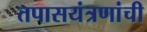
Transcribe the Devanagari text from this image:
तपासयंत्रणांची